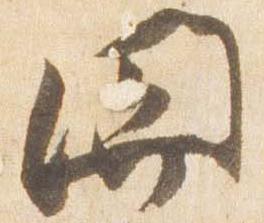
関